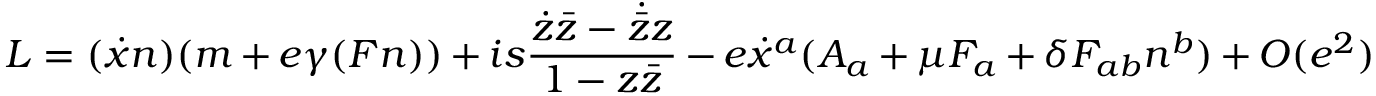
L = ( \dot { x } n ) ( m + e \gamma ( F n ) ) + i s \frac { \dot { z } \bar { z } - \dot { \bar { z } } z } { 1 - z \bar { z } } - e \dot { x } ^ { a } ( A _ { a } + \mu F _ { a } + \delta F _ { a b } n ^ { b } ) + { \cal O } ( e ^ { 2 } )